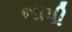
ભાપી